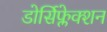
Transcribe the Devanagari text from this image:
डोर्सिफ्लेक्शन